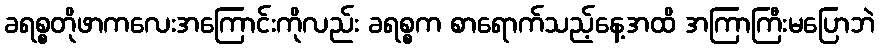
ခရစ္စတိုဖာကလေးအကြောင်းကိုလည်း ခရစ္စက စာရောက်သည့်နေ့အထိ အကြာကြီးမပြောဘဲ